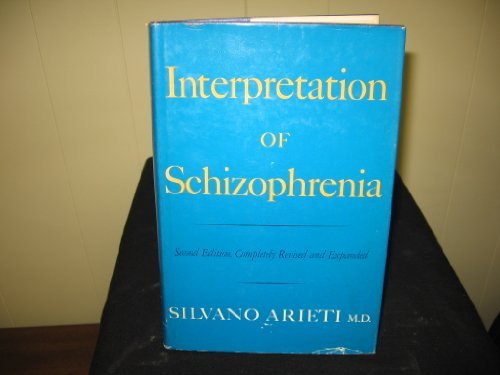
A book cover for Interpretation of Schizophrenia; Silvano Arieti; Health, Fitness & Dieting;